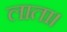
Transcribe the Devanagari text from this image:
लाता।